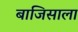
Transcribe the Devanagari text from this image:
बाजिसाला